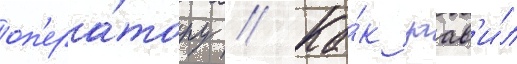
оп'ера́тору // Ка́к заав'и́л